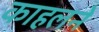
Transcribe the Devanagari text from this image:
काहलने